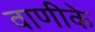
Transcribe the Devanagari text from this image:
वाणीके